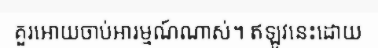
គួរអោយចាប់អារម្មណ៍ណាស់។ ឥឡូវនេះដោយ